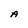
Character: A